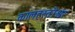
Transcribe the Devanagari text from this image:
कालहस्तीश्वर